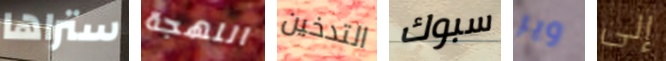
ستراها اللهجة التدخين سبوك ويز إلى